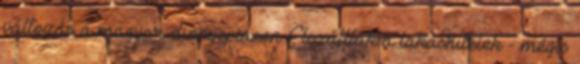
változás a magyar dinnyepiacon Elszálltak a lakáshitelek - mégis